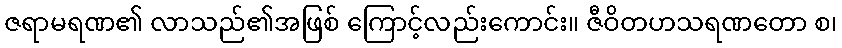
ဇရာမရဏ၏ လာသည်၏အဖြစ် ကြောင့်လည်းကောင်း။ ဇီဝိတဟသရဏတော စ၊